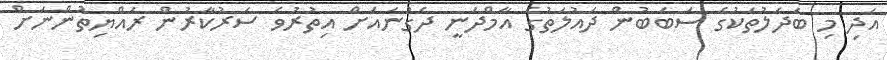
އަދި މި ބަދަލުތަކުގެ ސަބަބުން ދައުލަތުގެ އާމްދަނީ ދެގުނައަށް އިތުރުވެ ސަރުކާރުން ރައްޔިތުންނަށް